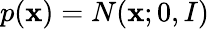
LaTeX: p(\textbf{x})=N(\textbf{x};0,I)